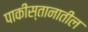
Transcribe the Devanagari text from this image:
पाकीस्तानातील